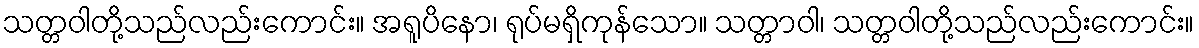
သတ္တဝါတို့သည်လည်းကောင်း။ အရူပိနော၊ ရုပ်မရှိကုန်သော။ သတ္တာဝါ၊ သတ္တဝါတို့သည်လည်းကောင်း။